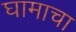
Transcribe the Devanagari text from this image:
घामाचा